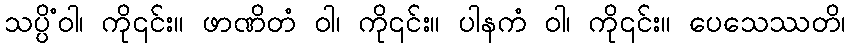
သပ္ပိံဝါ၊ ကို၎င်း။ ဖာဏိတံ ဝါ၊ ကို၎င်း။ ပါနကံ ဝါ၊ ကို၎င်း။ ပေသေဿတိ၊